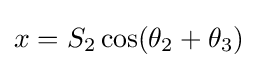
x=S_{2}\cos(\theta _{2}+\theta _{3})